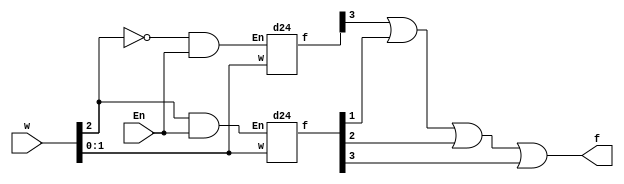
module q3(w,En,f);
	input [2:0] w;
	input En;
	output f;
	wire [7:0] c;
	d24 s0(w[1:0],~w[2]&En,c[3:0]);
	d24 s1(w[1:0],w[2]&En,c[7:4]);
	assign f = c[3] | c[5] | c[6] | c[7];
endmodule


module d24(w,En,f);	
	input [1:0] w;
	input En;
	output reg [3:0] f;
	always@(w,En)
	begin
		case(En)
		  0: f = 4'b0000;
		  1:
		  begin
		  	case(w)
		  		0:f=4'b0001;
		  		1:f=4'b0010;
		  		2:f=4'b0100;
		  		3:f=4'b1000;
		  	endcase
		  end
		endcase
	end
endmodule